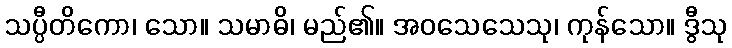
သပ္ပီတိကော၊ သော။ သမာဓိ၊ မည်၏။ အဝသေသေသု၊ ကုန်သော။ ဒွီသု